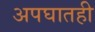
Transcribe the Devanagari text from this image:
अपघातही